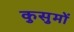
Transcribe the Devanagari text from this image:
कुसुमों